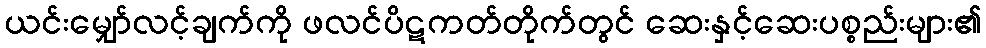
ယင်းမျှော်လင့်ချက်ကို ဖလင်ပိဋကတ်တိုက်တွင် ဆေးနှင့်ဆေးပစ္စည်းများ၏